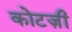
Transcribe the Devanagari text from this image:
कोटज़ी